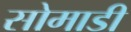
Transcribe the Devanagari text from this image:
सोमाडी